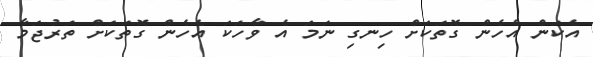
އެކަން އެހެން ގޮތަކަށް ހިނގި ނަމަ އެ ވާހަކަ އެހެން ގޮތަކަށް ތަރުޖަމާ